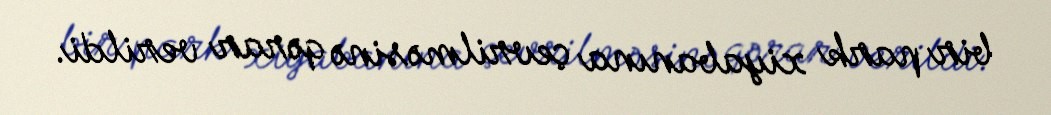
bir park xiyabanına çevrilməsinə qərar verildi.